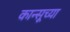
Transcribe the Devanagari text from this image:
कान्सूच्या